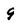
Character: 9